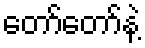
တော်တော်နဲ့